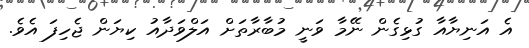
އެ އަނިޔާއާ ގުޅިގެން ނޭމާ ވަނީ މުބާރާތަށް އަލްވަދާއު ކިޔަން ޖެހިފަ އެވެ.